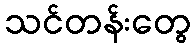
သင်တန်းတွေ